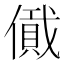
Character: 𠏞